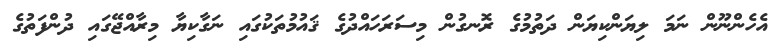
އެހެންނޫން ނަމަ ލިޔަންކިޔަން ދަތުމުގެ ރޮނގުން މިސަރަހައްދުގެ ޤައުމުތަކުގައި ނަގާކިޔާ މިރާއްޖޭގައި ދުންފަތުގެ